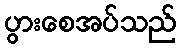
ပွားစေအပ်သည်